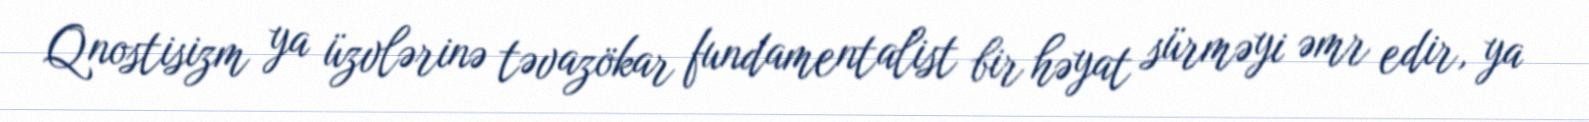
Qnostisizm ya üzvlərinə təvazökar fundamentalist bir həyat sürməyi əmr edir, ya